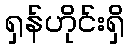
ရှန်ဟိုင်းရှိ